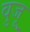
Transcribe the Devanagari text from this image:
वुजू